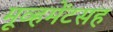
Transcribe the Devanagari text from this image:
मूव्हमेंटसह